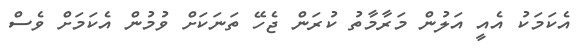
އެކަމަކު އެއީ އަލުން މަރާމާތު ކުރަން ޖެހޭ ތަނަކަށް ވުމުން އެކަމަށް ވެސް